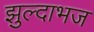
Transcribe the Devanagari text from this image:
झुल्दाभज